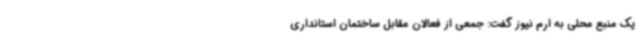
یک منبع محلی به ارم نیوز گفت: جمعی از فعالان مقابل ساختمان استانداری